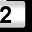
Digit: 2